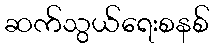
ဆက်သွယ်ရေးစနစ်